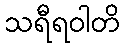
သရီရဝါတိ